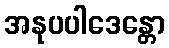
အနုပပါဒေန္တော